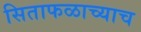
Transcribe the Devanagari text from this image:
सिताफळाच्याच